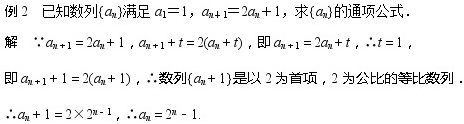
例 2 已知数列\(\{ a_{n}\}\)满足\(a_{1}=1\)，\(a_{n + 1}=2a_{n}+1\)，求\(\{ a_{n}\}\)的通项公式.
解 \(\because a_{n + 1}=2a_{n}+1\)，\(a_{n + 1}+t = 2(a_{n}+t)\)，即\(a_{n + 1}=2a_{n}+t\)，\(\therefore t = 1\)，
即\(a_{n + 1}+1 = 2(a_{n}+1)\)，\(\therefore\)数列\(\{ a_{n}+1\}\)是以\(2\)为首项，\(2\)为公比的等比数列.
\(\therefore a_{n}+1 = 2\times 2^{n - 1}\)，\(\therefore a_{n}=2^{n}-1\).